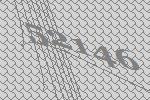
52146